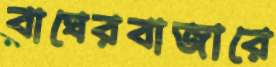
বাঘেরবাজারে